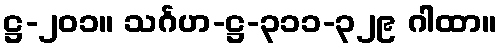
ဋ္ဌ-၂၀၁။ သင်္ဂဟ-ဋ္ဌ-၃၁၁-၃၂၉ ဂါထာ။